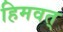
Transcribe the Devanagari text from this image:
हिमवत्‌